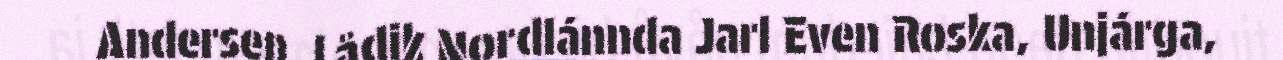
Andersen, Lådik Nordlánnda Jarl Even Roska, Unjárga,